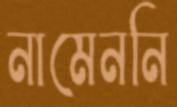
নামেননি